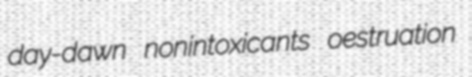
day-dawn nonintoxicants oestruation